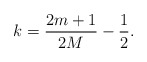
\begin{align*}k=\frac{2m+1}{2M}-\frac{1}{2}.\end{align*}